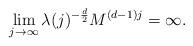
LaTeX: \begin{align*} \lim_{j \rightarrow \infty} \lambda(j)^{-\frac{d}{2}} M^{(d-1) j} = \infty .\end{align*}